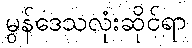
မွန်ဒေသလုံးဆိုင်ရာ